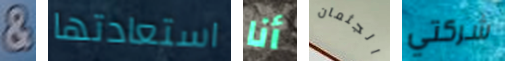
& استعادتها أنا الجثمان شركتي